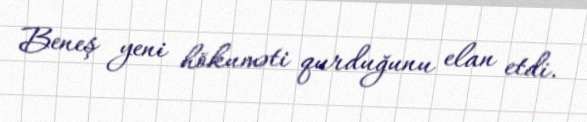
Beneş yeni hökuməti qurduğunu elan etdi.